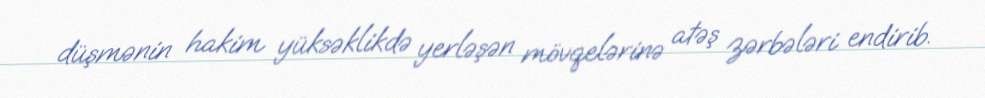
düşmənin hakim yüksəklikdə yerləşən mövqelərinə atəş zərbələri endirib.